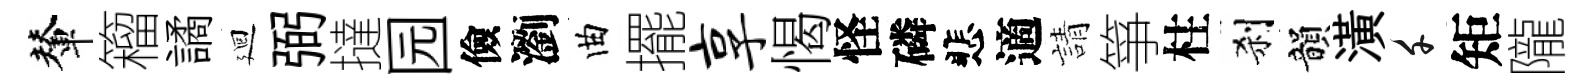
輦籕譎廻弼撻园儉瀏曲擺享愒怪磷悲適請箏柱刹韻潢千矩隴